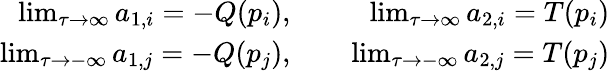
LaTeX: \begin{array}{rlr}{\operatorname*{lim}_{\tau\to\infty}a_{1,i}=-Q(p_{i}),}&{}&{\, \operatorname*{lim}_{\tau\to\infty}a_{2,i}=T(p_{i})}\\ {\operatorname*{lim}_{\tau\to-\infty}a_{1,j}=-Q(p_{j}),}&{}&{\, \operatorname*{lim}_{\tau\to-\infty}a_{2,j}=T(p_{j})}\end{array}